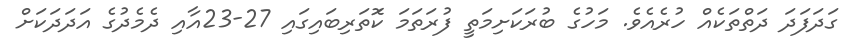
ގަދަފަދަ ދަތްތަކެއް ހުރެއެވެ. މަހުގެ ބުރަކަށިމަތީ ފުރަތަމަ ކޮަތަރިބައިގައި 27-23އާއި ދެމެދުގެ އަދަދަކަށް